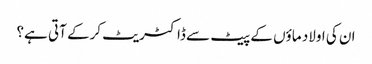
ان کی اولاد ماؤں کے پیٹ سے ڈاکٹریٹ کرکے آتی ہے؟